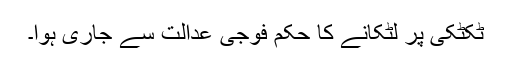
ٹکٹکی پر لٹکانے کا حکم فوجی عدالت سے جاری ہوا۔